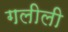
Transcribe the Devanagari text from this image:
गलीली